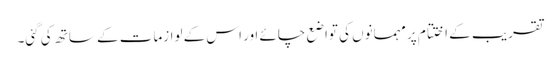
تقریب کے اختتام پر مہمانوں کی تواضع چائے اور اس کے لوازمات کے ساتھ کی گئی۔